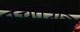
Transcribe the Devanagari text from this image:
पंचतंत्राचा